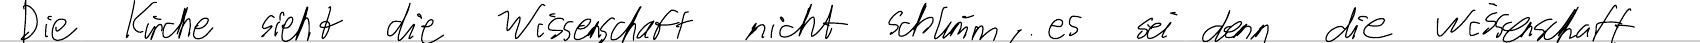
Die Kirche sieht die Wissenschaft nicht schlimm, es sei denn die Wissenschaft